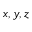
x , y , z